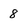
Character: 8